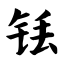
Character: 铥